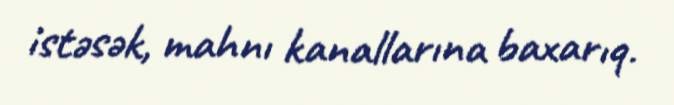
istəsək, mahnı kanallarına baxarıq.